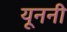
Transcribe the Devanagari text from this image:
यूननी